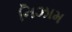
નિઝામ